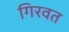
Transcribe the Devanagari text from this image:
गिरवत